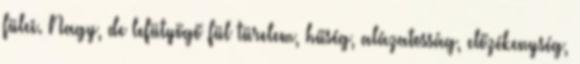
fülei. Nagy, de lefütyögő fül türelem, hűség, alázatosság, előzékenység,